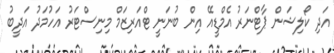
އަދި ކޯލިޝަން ޕާޓްނަރު އެމްޑީއޭ އިން ބުނަނީ ޓްއަރިޒަމް މިނިސްޓަރު އަހުމަދު އަދީބު